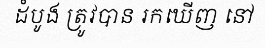
ដំបូង ត្រូវបាន រកឃើញ នៅ